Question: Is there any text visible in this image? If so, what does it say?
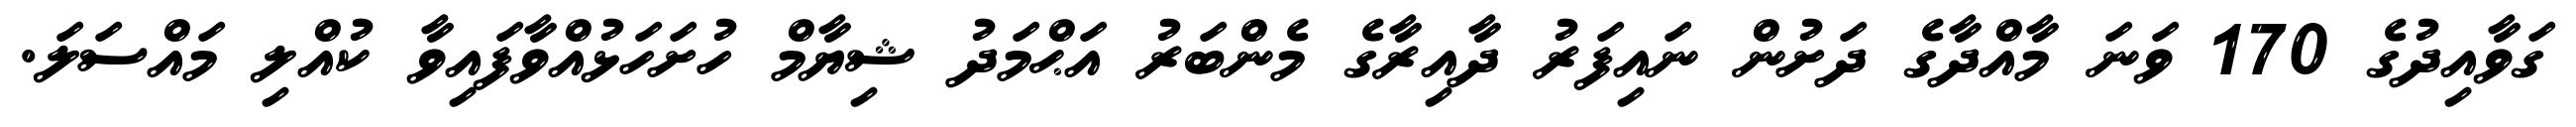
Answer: ގަވާއިދުގެ 170 ވަނަ މާއްދާގެ ދަށުން ނައިފަރު ދާއިރާގެ މެންބަރު އަޙްމަދު ޝިޔާމް ހުށަހަޅުއްވާފައިވާ ކުއްލި މައްސަލަ.